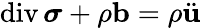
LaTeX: \operatorname{div}\boldsymbol{\sigma}+\rho\mathbf{b}=\rho\ddot{\mathbf{u}}